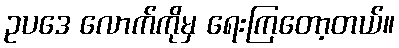
ဥပဒေ လောက်ကိုမှ ရေးကြတော့တယ်။